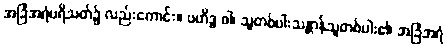
အခြံအရံပရိသတ်၌ လည်းကောင်း။ ဗဟိဒ္ဓ ဝါ၊ သူတစ်ပါးသန္တာန်သူတစ်ပါး၏ အခြံအရံ